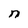
Character: n